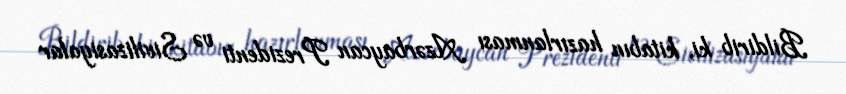
Bildirib ki, kitabın hazırlanması Azərbaycan Prezidenti və Sivilizasiyalar